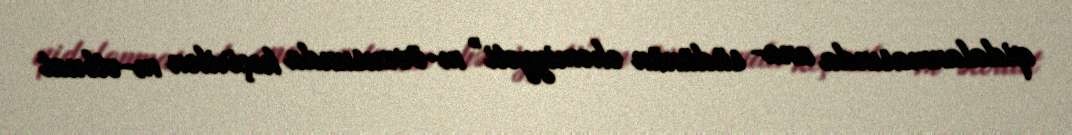
qidalanmasında ana­ südünün əhəmiyyəti” m­övzusunda keçirilən m­ətbuat